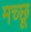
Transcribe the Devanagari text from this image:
मच्‍छू